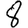
Digit: 8